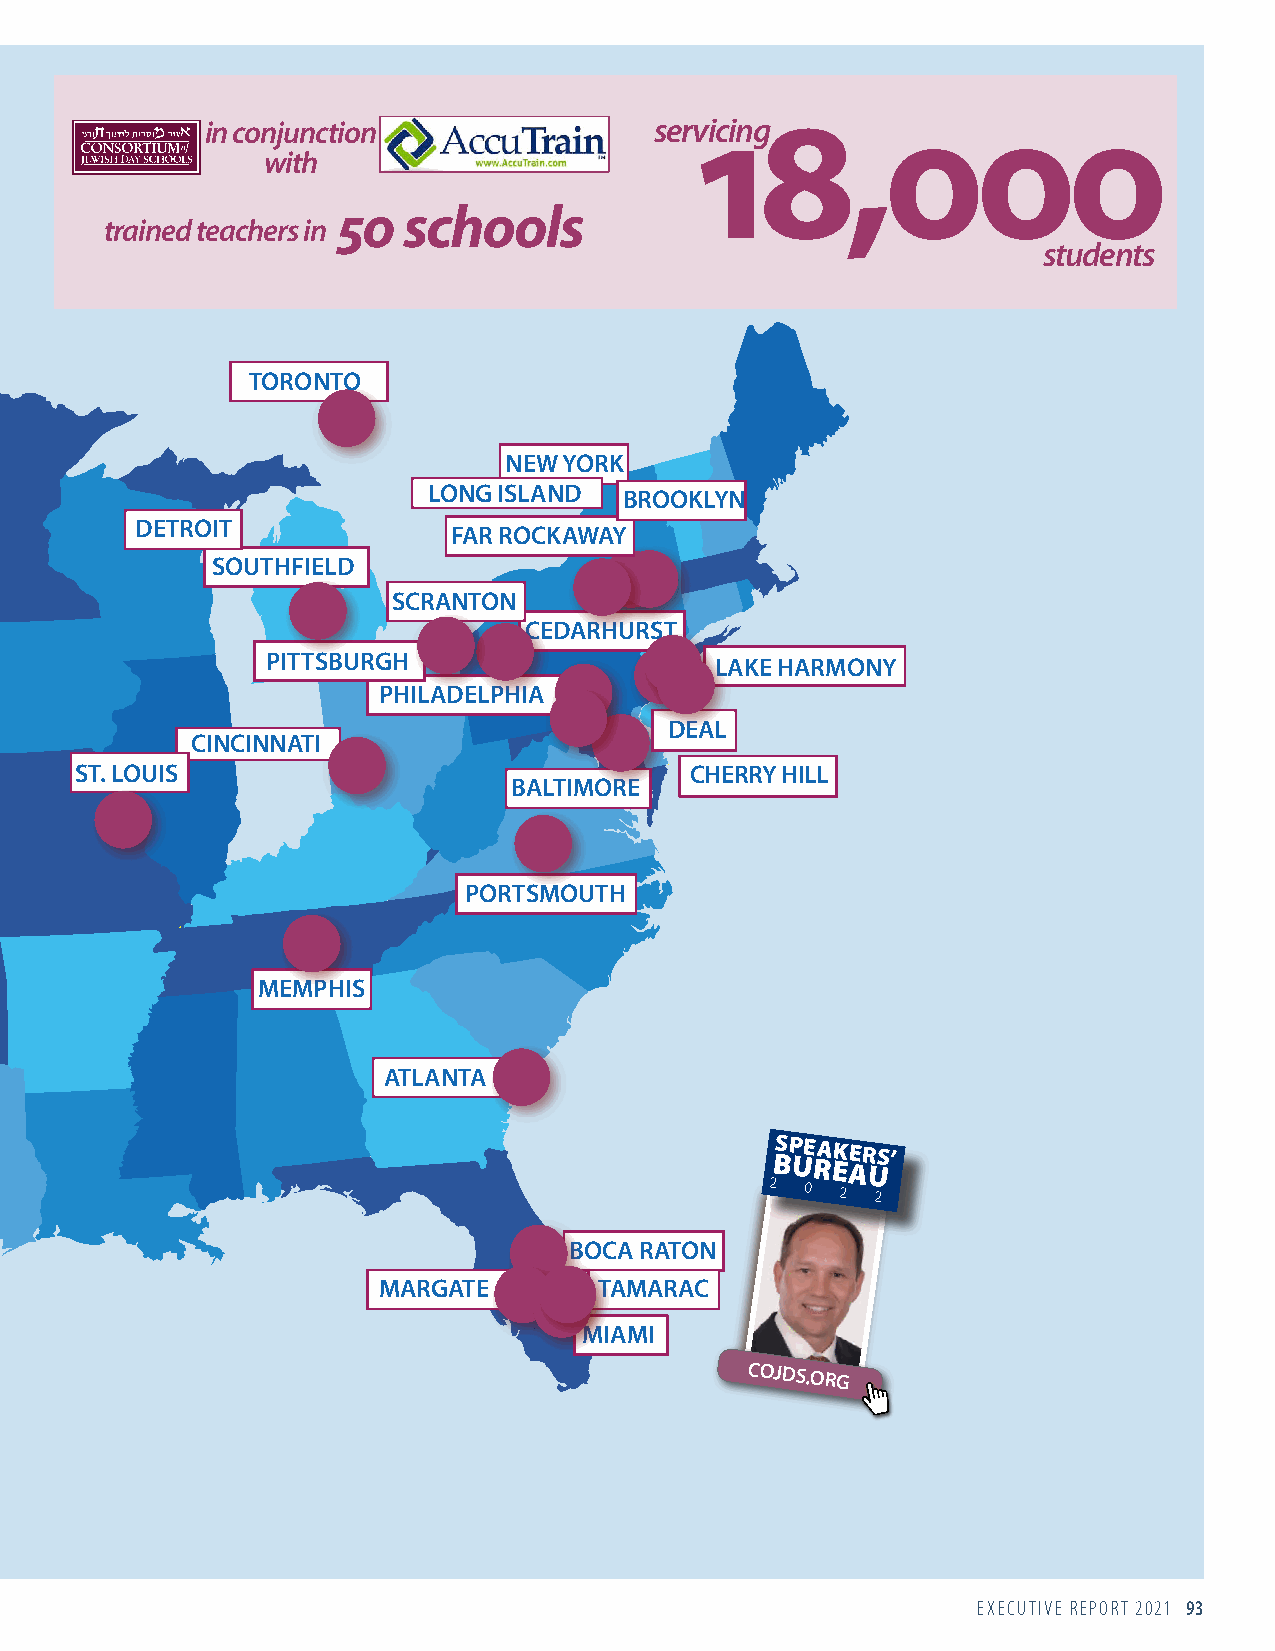
18,000
 in conjunction               servicing
 with
 50   schools
 trained teachers in
 students
 VANCOUVER
 TORONTO
 SEATTLE
 NEW YORK
 LONG ISLAND  BROOKLYN
 DETROIT
 FAR ROCKAWAY
 SOUTHFIELD
 SCRANTON
 CEDARHURST
 PITTSBURGH                   LAKE HARMONY
 PHILADELPHIA
 DEAL
 CINCINNATI
 ST. LOUIS                                CHERRY HILL
 BALTIMORE
 PORTSMOUTH
 PHOENIX
 MEMPHIS
 ATLANTA
 DALLAS                                             BSP UE RA EK AER US’
 2 0  2 2
 BOCA RATON
 MARGATE        TAMARAC
 MIAMI
 COJDS.ORG
 EXECUTIVE REPORT 2021 93